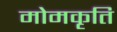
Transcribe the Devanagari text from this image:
मोमकृति